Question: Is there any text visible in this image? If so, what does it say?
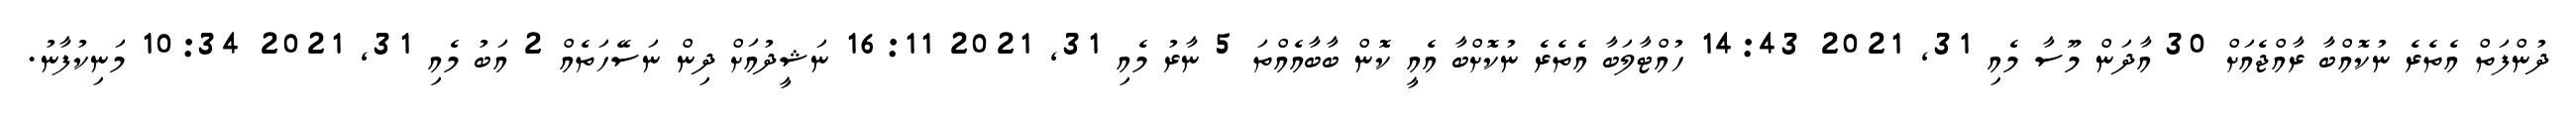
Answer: ދުންފަތް އެތެރެ ނުކޮއްބާ ރާއްޖެއަށް 30 އާދަން މޫސާ މެއި 31, 2021 14:43 ހުއްޓާލަބާ އެތެރެ ނުކޮށްބާ އެއީ ކޮން ބާބާއެއްތަ 5 ނާރު މެއި 31, 2021 16:11 ނަޝީދުއަށް ދިން ނަސޭހަތެއް 2 އަބު މެއި 31, 2021 10:34 މަނިކުފާނު.